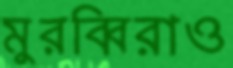
মুরব্বিরাও